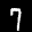
Label: 7